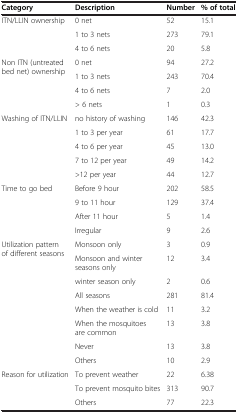
| Category | Description | Number | % of total |
 | --- | --- | --- | --- |
 | <ROWSPAN=3> ITN/LLIN ownership | 0 net | 52 | 15.1 |
 | 1 to 3 nets | 273 | 79.1 |
 | 4 to 6 nets | 20 | 5.8 |
 | <ROWSPAN=4> Non ITN (untreated bed net) ownership | 0 net | 94 | 27.2 |
 | 1 to 3 nets | 243 | 70.4 |
 | 4 to 6 nets | 7 | 2.0 |
 | > 6 nets | 1 | 0.3 |
 | <ROWSPAN=5> Washing of ITN/LLIN | no history of washing | 146 | 42.3 |
 | 1 to 3 per year | 61 | 17.7 |
 | 4 to 6 per year | 45 | 13.0 |
 | 7 to 12 per year | 49 | 14.2 |
 | >12 per year | 44 | 12.7 |
 | <ROWSPAN=4> Time to go bed | Before 9 hour | 202 | 58.5 |
 | 9 to 11 hour | 129 | 37.4 |
 | After 11 hour | 5 | 1.4 |
 | Irregular | 9 | 2.6 |
 | <ROWSPAN=8> Utilization pattern of different seasons | Monsoon only | 3 | 0.9 |
 | Monsoon and winter seasons only | 12 | 3.4 |
 | winter season only | 2 | 0.6 |
 | All seasons | 281 | 81.4 |
 | When the weather is cold | 11 | 3.2 |
 | When the mosquitoes are common | 13 | 3.8 |
 | Never | 13 | 3.8 |
 | Others | 10 | 2.9 |
 | <ROWSPAN=3> Reason for utilization | To prevent weather | 22 | 6.38 |
 | To prevent mosquito bites | 313 | 90.7 |
 | Others | 77 | 22.3 |